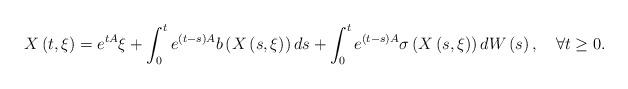
LaTeX: \begin{align*}X\left(t,\xi\right) =e^{tA} \xi+ \int_0^te^{(t-s)A} b\left(X\left(s,\xi\right)\right) ds+\int_0^te^{(t-s)A}\sigma\left(X\left( s,\xi\right)\right) dW\left(s\right), \ \ \ \forall t \geq 0. \end{align*}